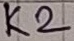
Text: K2